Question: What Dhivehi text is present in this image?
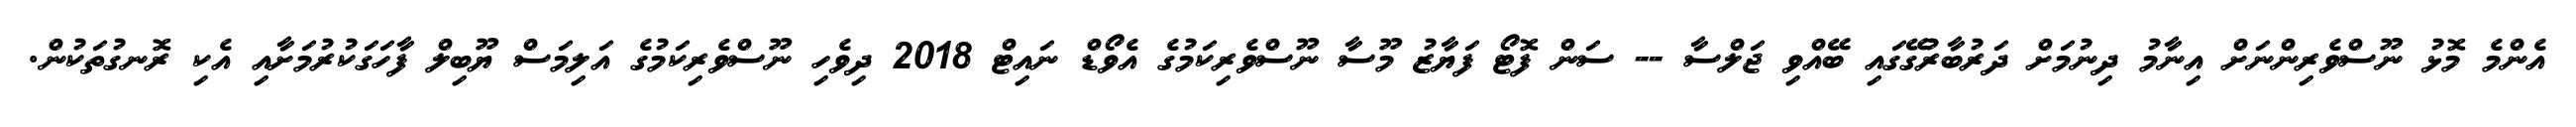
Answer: އެންމެ މޮޅު ނޫސްވެރިންނަށް އިނާމު ދިނުމަށް ދަރުބާރުގޭގައި ބޭއްވި ޖަލްސާ -- ސަން ފޮޓޯ ފަޔާޒު މޫސާ ނޫސްވެރިކަމުގެ އެވޯޑް ނައިޓް 2018 ދިވެހި ނޫސްވެރިކަމުގެ އަލިމަސް ޔޫބިލް ފާހަގަކުރުމަށާއި އެކި ރޮނގުތަކުން.